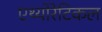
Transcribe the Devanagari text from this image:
एथ्योरेटिकल